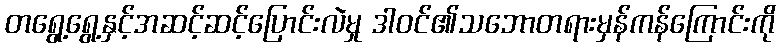
တရွေ့ရွေ့နှင့်အဆင့်ဆင့်ပြောင်းလဲမှု ဒါဝင်၏သဘောတရားမှန်ကန်ကြောင်းကို